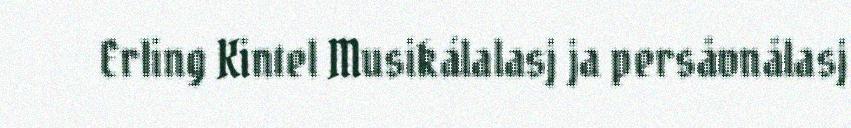
Erling Kintel Musikálalasj ja persåvnålasj